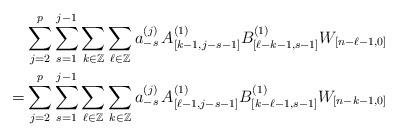
LaTeX: \begin{align*}& \sum_{j=2}^{p}\sum_{s=1}^{j-1}\sum_{k\in\mathbb{Z}}\sum_{\ell\in\mathbb{Z}} a_{-s}^{(j)}\,A_{[k-1,j-s-1]}^{(1)} B_{[\ell-k-1,s-1]}^{(1)} W_{[n-\ell-1,0]}\\= & \sum_{j=2}^{p}\sum_{s=1}^{j-1}\sum_{\ell\in\mathbb{Z}}\sum_{k\in\mathbb{Z}} a_{-s}^{(j)}\, A_{[\ell-1,j-s-1]}^{(1)} B_{[k-\ell-1,s-1]}^{(1)} W_{[n-k-1,0]} \end{align*}